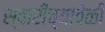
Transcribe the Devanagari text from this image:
स्वारीच्यावेळी